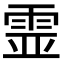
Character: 𩂳